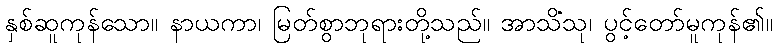
နှစ်ဆူကုန်သော။ နာယကာ၊ မြတ်စွာဘုရားတို့သည်။ အာသိံသု၊ ပွင့်တော်မူကုန်၏။